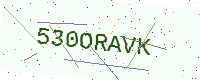
Text: 530ORAVK